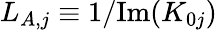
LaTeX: L_{A,j}\equiv 1/\mathrm{Im}(K_{0j})